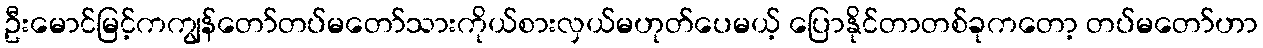
ဦးမောင်မြင့်ကကျွန်တော်တပ်မတော်သားကိုယ်စားလှယ်မဟုတ်ပေမယ့် ပြောနိုင်တာတစ်ခုကတော့ တပ်မတော်ဟာ